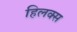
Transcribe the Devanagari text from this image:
हिलक्स